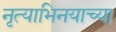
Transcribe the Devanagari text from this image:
नृत्याभिनयाच्या